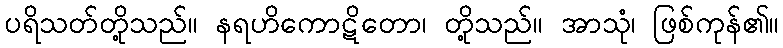
ပရိသတ်တို့သည်။ နရဟိကောဋိတော၊ တို့သည်။ အာသုံ၊ ဖြစ်ကုန်၏။